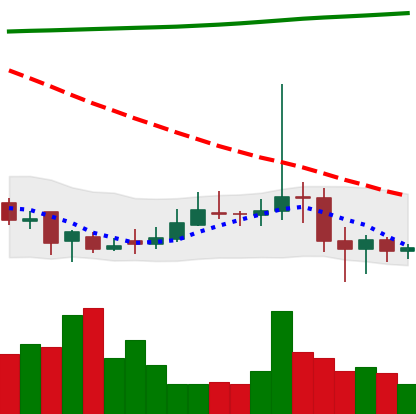
Ticker: DOGE-USD
Chart end date: 2020-11-01
Forward return: 6.894%
Label: up_5_7